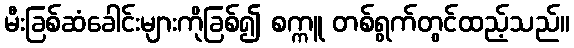
မီးခြစ်ဆံခေါင်းများကိုခြစ်၍ စက္ကူ တစ်ရွက်တွင်ထည့်သည်။